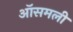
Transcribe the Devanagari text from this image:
ऑसमली